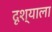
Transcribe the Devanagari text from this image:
दृश्‍याला